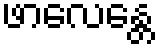
ဖာလေန္တေ